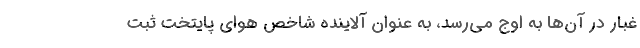
غبار در آن‌ها به اوج می‌رسد، به عنوان آلاینده شاخص هوای پایتخت ثبت